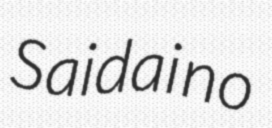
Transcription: Saidai no